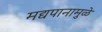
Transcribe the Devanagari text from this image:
मद्यपानामुळे